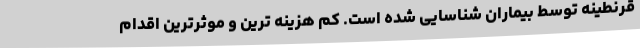
قرنطینه توسط بیماران شناسایی شده است. کم هزینه ترین و موثرترین اقدام